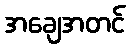
အချေအတင်